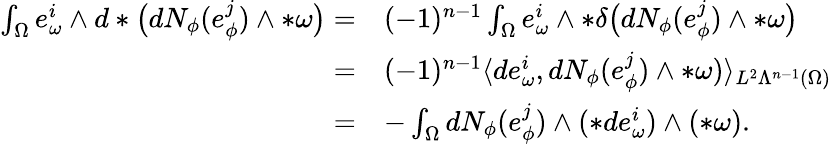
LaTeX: \begin{array}{rl}{\int_{\Omega}e_{\omega}^{i}\wedge d\ast\big(dN_{\phi}(e_{\phi}^{j})\wedge\ast\omega\big)=}&{(-1)^{n-1}\int_{\Omega}e_{\omega}^{i}\wedge\ast\delta\big(dN_{\phi}(e_{\phi}^{j})\wedge\ast\omega\big)}\\ {=}&{(-1)^{n-1}\langle de_{\omega}^{i},dN_{\phi}(e_{\phi}^{j})\wedge\ast\omega)\rangle_{L^{2}\Lambda^{n-1}(\Omega)}}\\ {=}&{-\int_{\Omega}dN_{\phi}(e_{\phi}^{j})\wedge(\ast de_{\omega}^{i})\wedge(\ast\omega).}\end{array}